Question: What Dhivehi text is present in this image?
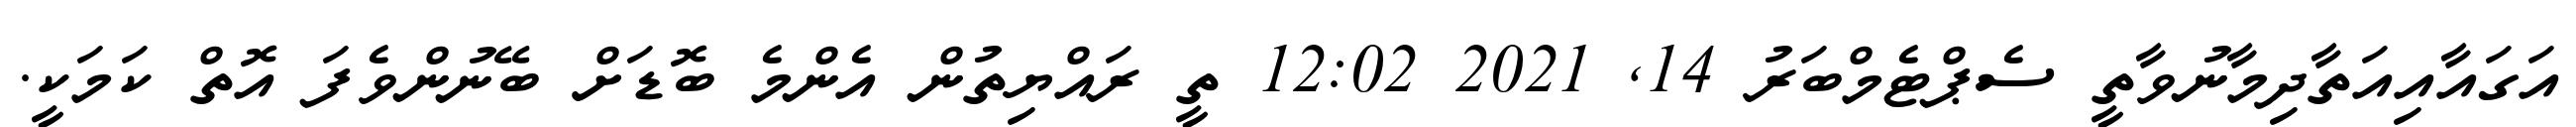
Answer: އަގައާއިއަތާދިމާނުވާތީ ސެޕްޓެމްބަރު 14, 2021 12:02 ތީ ރައްޔިތުން އެންމެ ބޮޑަށް ބޭނުންވެފަ އޮތް ކަމަކީ.